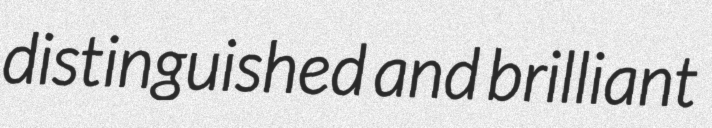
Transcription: distinguished and brilliant